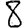
Digit: 8